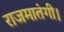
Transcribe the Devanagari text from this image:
राजमातंगी।